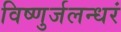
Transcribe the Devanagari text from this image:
विष्णुर्जलन्धरं